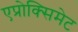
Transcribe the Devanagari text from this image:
एप्रोक्सिमेट